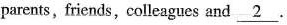
parents,friends,colleagucs and \underline_{2}.